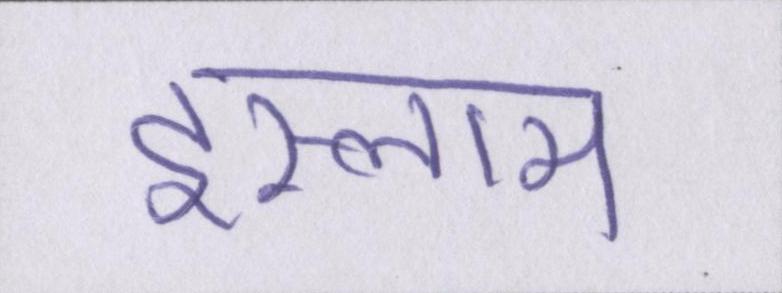
इस्लाम